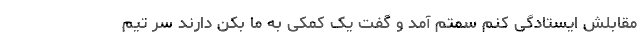
مقابلش ایستادگی کنم سمتم آمد و گفت یک کمکی به ما بکن دارند سر تیم